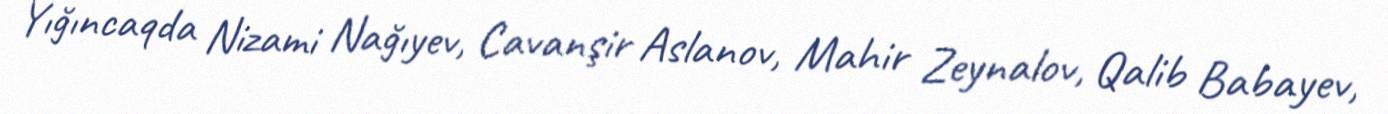
Yığıncaqda Nizami Nağıyev, Cavanşir Aslanov, Mahir Zeynalov, Qalib Babayev,